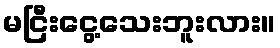
မငြီးငွေ့သေးဘူးလား။